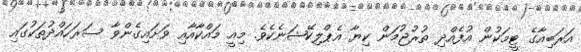
އަރަބިއާގެ ޓީމަކުން އުފެއްދި ތުރުޖުމަން ކިޔާ އެޕްލިކޭޝަނެކެވެ. މިއީ މައްކާއާއި ވަށައިގެންވާ ސަރަހައްދުތަކުގައި